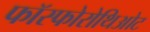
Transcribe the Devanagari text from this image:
फॉस्फोरोथिओट